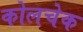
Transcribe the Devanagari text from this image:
कोलचेक